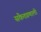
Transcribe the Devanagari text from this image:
संकेतप्रणालीं